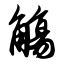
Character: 觞